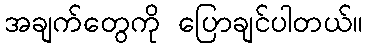
အချက်တွေကို ပြောချင်ပါတယ်။